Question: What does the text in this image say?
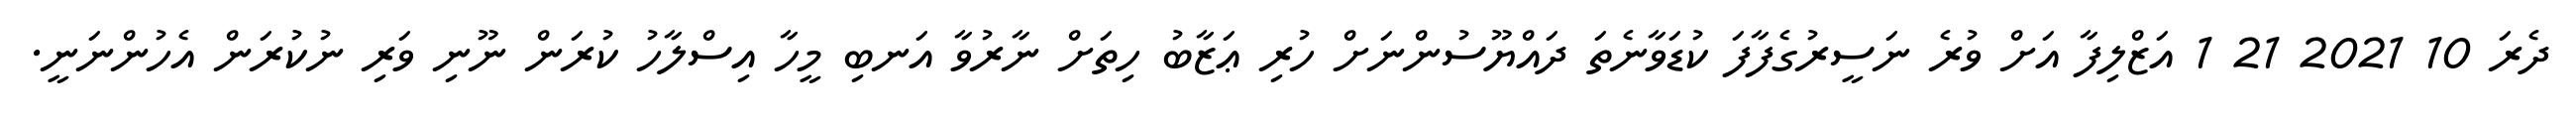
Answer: ދެރަ 10 2021 21 1 އަޒްލިފާ އަށް ވުރެ ނަސީރުގެފާފަ ކުޑަވާނެތަ ދައްޔޫސުންނަށް ހުރި ޢަޒާބު ހިތަށް ނާރުވާ އަނބި މީހާ އިސްލާހު ކުރަން ނޫނި ވަރި ނުކުރަން އެހުންނަނީ.